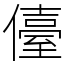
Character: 儓